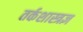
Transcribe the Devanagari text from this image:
तर्कशास्त्रज्ञ